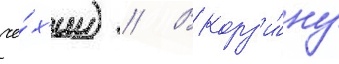
че́х'ии) // В корз'и́ну